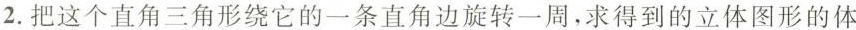
2.把这个直角三角形绕它的一条直角边旋转一周，求得到的立体图形的体